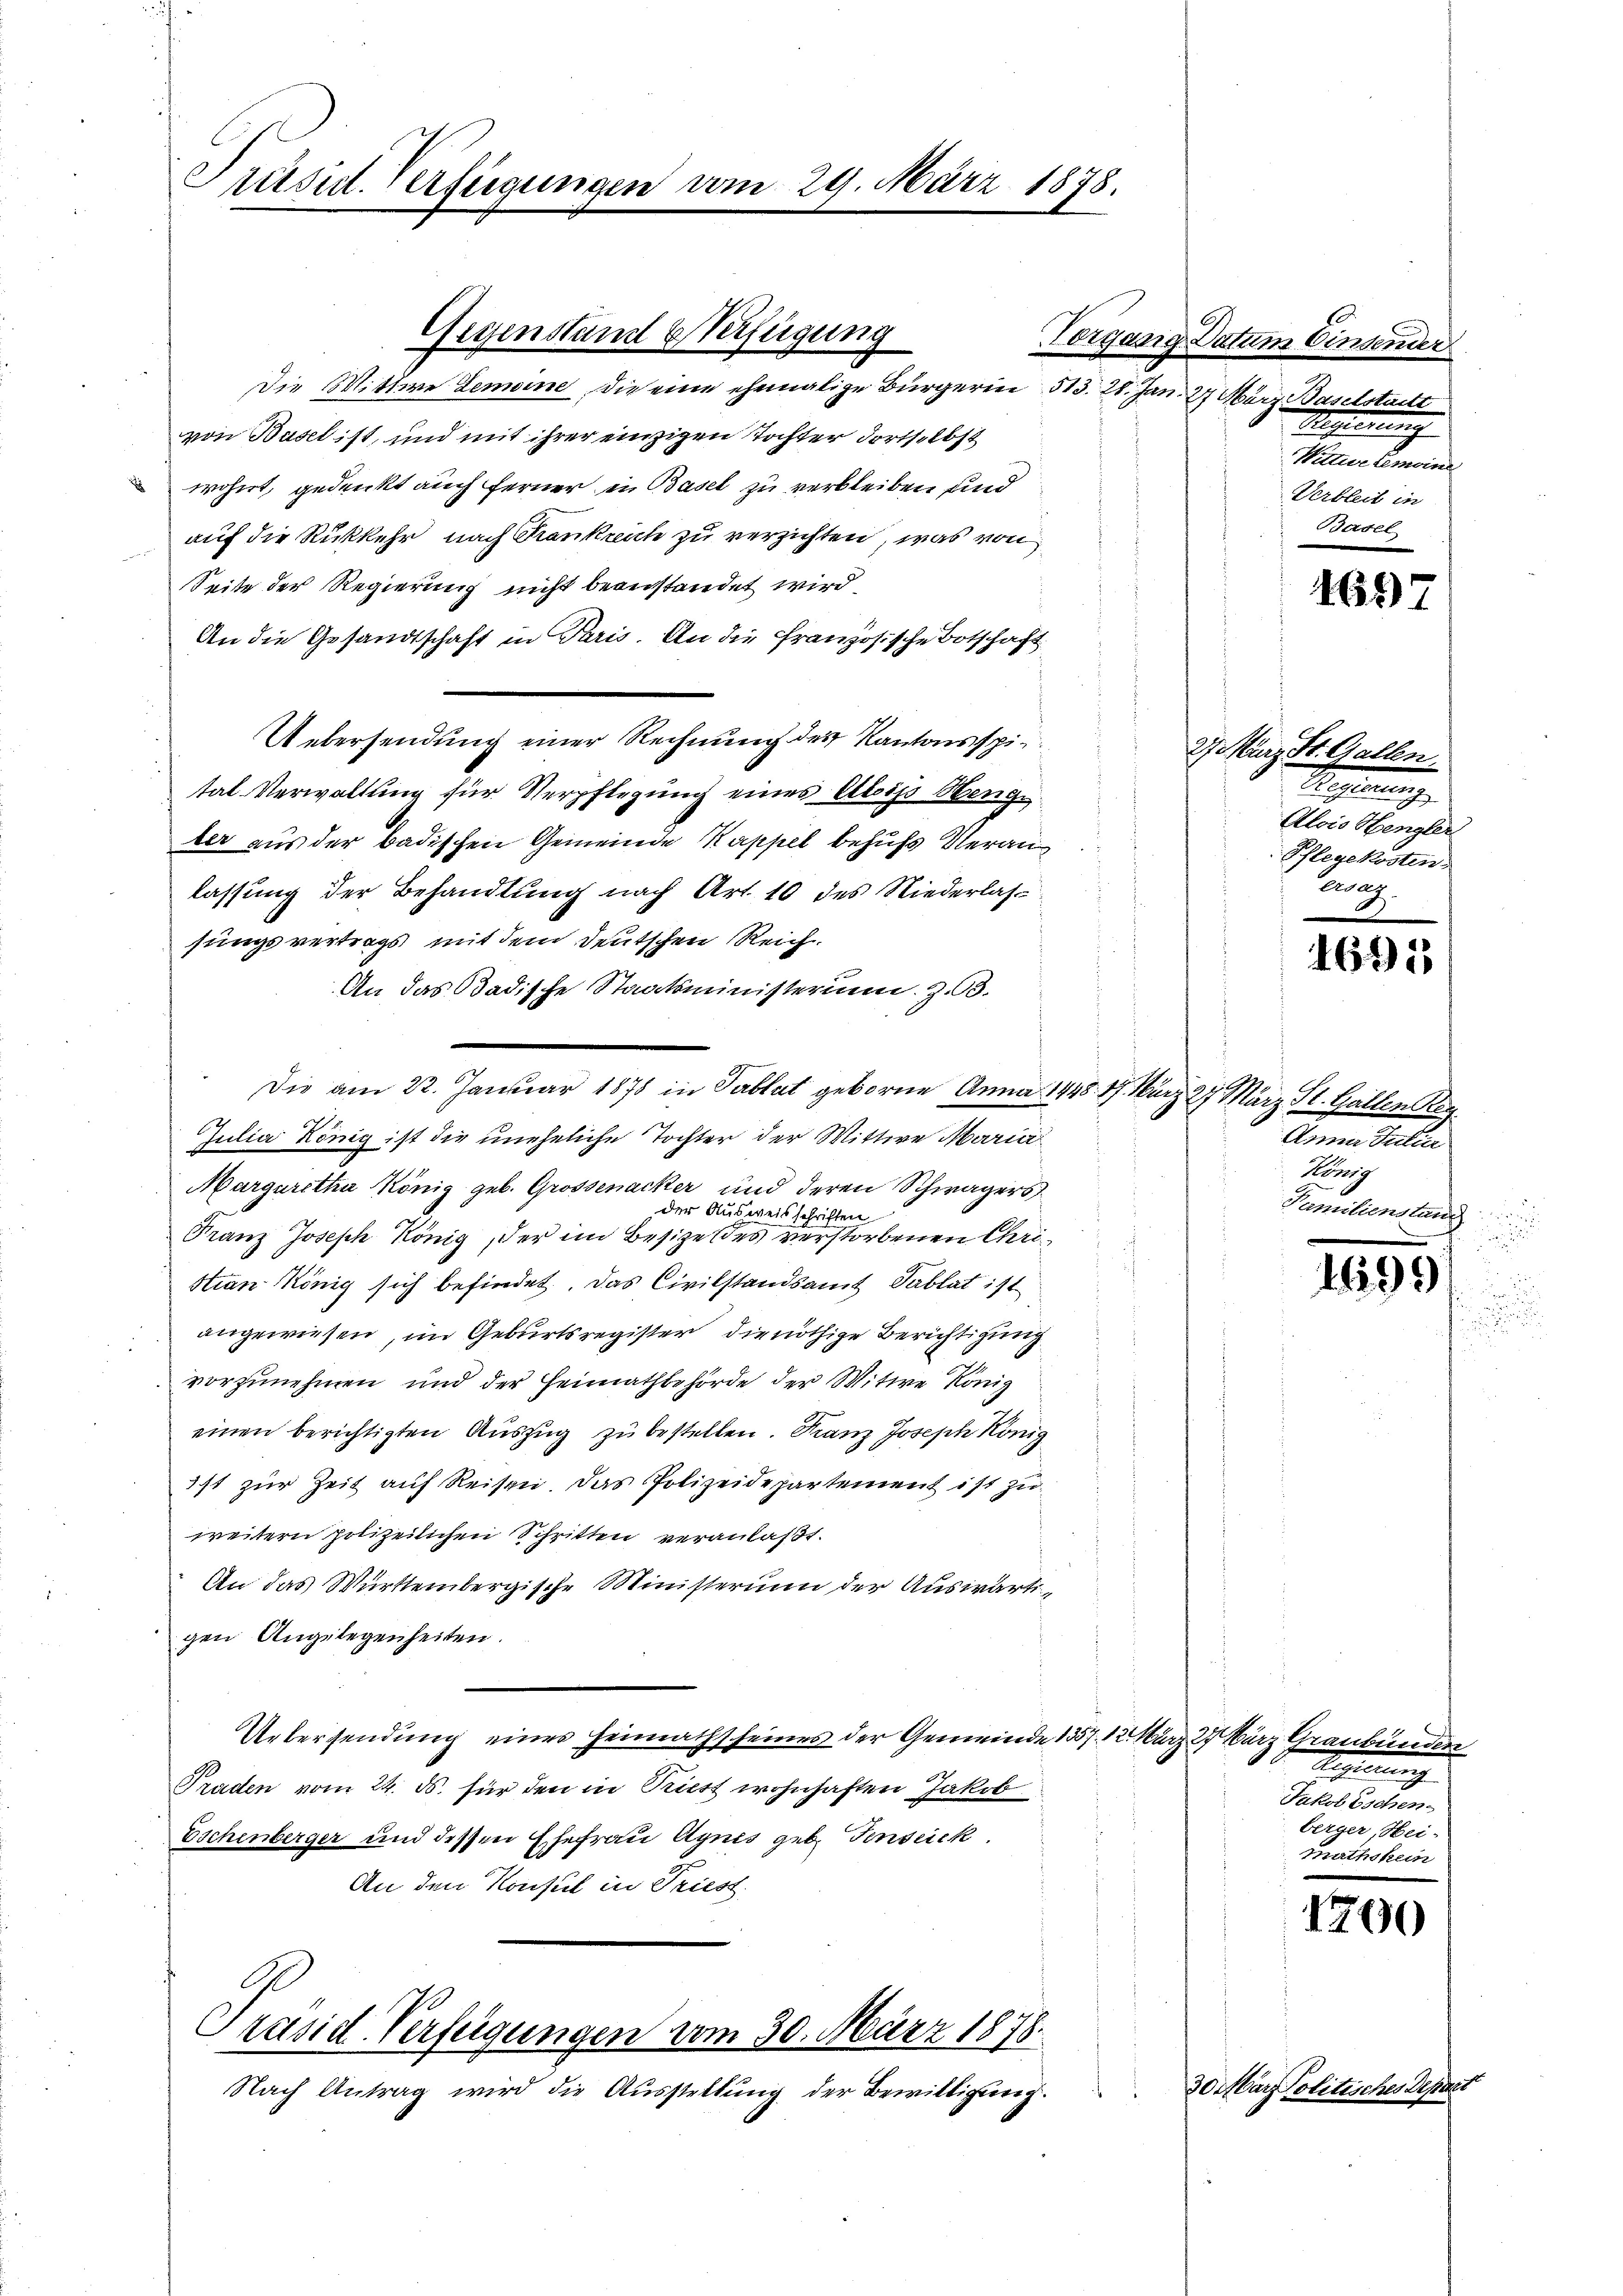
Präsid. Verfügungen vom 29. März 1878.

Gegenstand Verfügung

Die Mittwe Lemaine, die eine ehemalige Bürgerin 513. 28. Jan. 27 März, Baselstatt
von Basel ist, und mit ihrer einzigen Tochter dortselbst
wohnt, gedenkt auch ferner in Basel zu verbleiben und
auf die Rückkehr nach Krankreich zu verzichten, was von
Seite der Regierung nicht beanstandet wird
An die Gesandtschaft in Paris. An die französische Botschaft
Uebersendung einer Rechnung des Kantonsspie
tal-Verwaltung für Verpflegung eines Alijs Hengter aus der badischen Gemeinde Kappel behufs Veranlassung der Behandlung nach Art. 10 des Niederlassungsvertrags mit dem deutschen Reich.
An das Badische Staatsministerium. Z. 63.
Die am 22. Januar 1878 in Tablat geborne Anna 1448. 17. März 27 März St. Gallen Reg
Julia König ist die uneheliche Tochter der Wittwe Maria
Margaretha König geb. Grossenacker und deren Schwägers
der Ausweisschriften
Franz Joseph König, der im Besizendes verstorbenen Christian König sich befindet. Das Civilstandsamt Tablat ist
angewiesen, im Geburtsregister, die nöthige Berichtigung
vorzunehmen und der Heimathbehörde der Witwe König
einen berichtigten Auszug zu bestellen. Franz Joseph König
ist zur Zeit auf Reisen. Das Polizeidepartement ist zu
weitern polizeilichen Schritten veranlaßt.
An das Württembergische Ministerium der Auswärtigen Angelegenheiten.
Untersendung eines Heimathscheines der Gemeinde 1357. 12. März 27 März Graubünder
Praden vom 24. ds. für den in Richt wohnhaften Jakob
Eschenberger und dessen Ehefrau Agnes geb. Fenseick.
An den Konsul in Triest.

Präsid-Verfügungen vom 30. März 1878.
Nach Antrag wird die Ausstellung der Bewilligung.

Vorgang Datum Einsender
Rechterung
Nitturlemoins
Verbleit in
Basel

Bestimmunge
Alois Hengler
Pflegekosten
Tag

461)

30 März Politisches i

27. März St. Gallen.

1695

Anna Julia
König
Familienstand

1699

eiung
Jukob Eschen
berger, Hei-
mathskein

1200

f